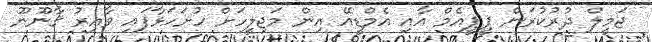
ޖަމީލް ދުރުކުރަން ޕީޕީއެމް އާއި އެމްޑީއޭ އިން މަޖިލީހަށް ހުށަހަޅާފައި ވާއިރު ޤާނޫނޫ